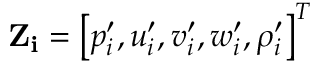
\mathbf { Z _ { i } } = \left[ p _ { i } ^ { \prime } , u _ { i } ^ { \prime } , v _ { i } ^ { \prime } , w _ { i } ^ { \prime } , \rho _ { i } ^ { \prime } \right] ^ { T }